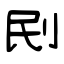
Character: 刡